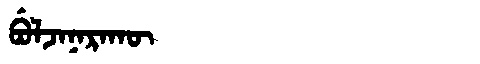
Manchu: ᠪᡠᠯᠵᠠᠨᠠᡵᠠᡴᡡ
Romanization: BULJANARAKŪ